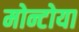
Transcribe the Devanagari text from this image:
मोन्टोया